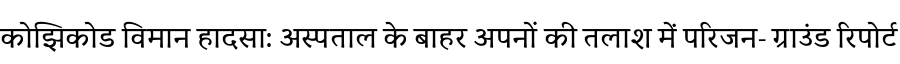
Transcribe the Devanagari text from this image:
कोझिकोड विमान हादसा: अस्पताल के बाहर अपनों की तलाश में परिजन- ग्राउंड रिपोर्ट